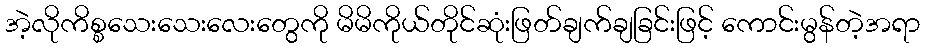
အဲ့လိုကိစ္စသေးသေးလေးတွေကို မိမိကိုယ်တိုင်ဆုံးဖြတ်ချက်ချခြင်းဖြင့် ကောင်းမွန်တဲ့အရာ